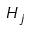
H _ { j }